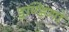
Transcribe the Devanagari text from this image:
इण्डिगो